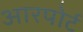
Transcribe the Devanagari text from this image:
आरपोर्ट